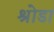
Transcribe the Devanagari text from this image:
श्रोडा